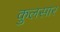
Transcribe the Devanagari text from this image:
कुलसार